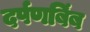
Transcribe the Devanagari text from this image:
दर्पणबिंब